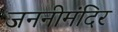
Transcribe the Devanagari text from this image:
जननीमंदिर